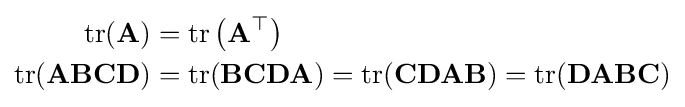
{\begin{aligned}\operatorname {tr} (\mathbf {A} )&=\operatorname {tr} \left(\mathbf {A^{\top }} \right)\\\operatorname {tr} (\mathbf {ABCD} )&=\operatorname {tr} (\mathbf {BCDA} )=\operatorname {tr} (\mathbf {CDAB} )=\operatorname {tr} (\mathbf {DABC} )\end{aligned}}